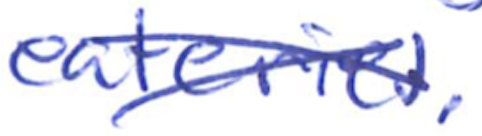
Text: eateries.
Cross-out: cross
Writing tool: ballpoint